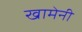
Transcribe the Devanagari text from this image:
खामेनी